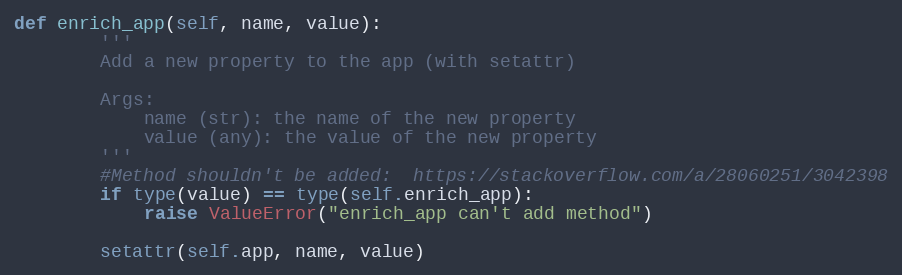
Language: Python
def enrich_app(self, name, value):
        '''
        Add a new property to the app (with setattr)

        Args:
            name (str): the name of the new property
            value (any): the value of the new property
        '''
        #Method shouldn't be added:  https://stackoverflow.com/a/28060251/3042398
        if type(value) == type(self.enrich_app):
            raise ValueError("enrich_app can't add method")

        setattr(self.app, name, value)